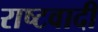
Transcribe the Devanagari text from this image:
राष्टवादी